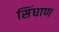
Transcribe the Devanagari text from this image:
सिंघाण